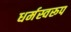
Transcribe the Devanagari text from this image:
धर्मस्वरूप